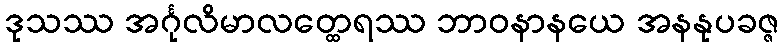
ဒုသဿ အင်္ဂုလိမာလတ္ထေရဿ ဘာဝနာနယေ အနနုပခဇ္ဇ